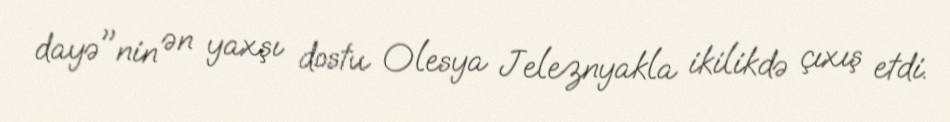
dayə"nin ən yaxşı dostu Olesya Jeleznyakla ikilikdə çıxış etdi.